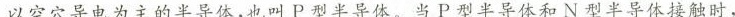
以空穴导电为主的半导体，也叫P型半导体。当P型半导体和N型半导体接触时，